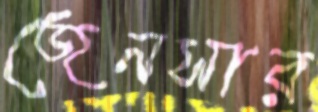
জেনসার